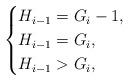
LaTeX: \begin{align*} \begin{cases} H_{i-1} = G_i -1, & \\ H_{i-1} = G_{i}, & \\ H_{i-1} > G_i, & \\ \end{cases} \end{align*}